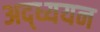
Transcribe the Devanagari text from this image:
अद्ध्ययन